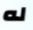
له